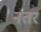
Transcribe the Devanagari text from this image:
नतर